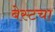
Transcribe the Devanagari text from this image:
बेस्टचा